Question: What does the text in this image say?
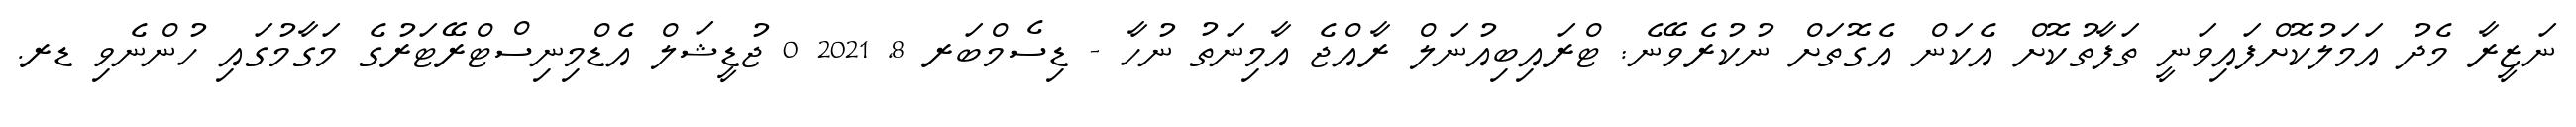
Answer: ނަޒީރާ މެދު އަމަލުކޮށްފައިވަނީ ތަފާތުކޮށް އެކަން އެގޮތަށް ނުކުރެވޭނެ: ޓްރައިބިއުނަލް ރާއްޖެ އާމިނަތު ނުހާ - ޑިސެމްބަރ 8, 2021 0 ޖުޑީޝަލް އެޑްމިނިސްޓްރޭޓަރުގެ މަގާމުގައި ހުންނެވި ޑރ.